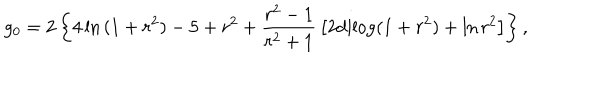
g _ { 0 } = 2 \left\{ 4 \ln { ( 1 + r ^ { 2 } ) } - 5 + r ^ { 2 } + { \frac { r ^ { 2 } - 1 } { r ^ { 2 } + 1 } } \left[ 2 \mathrm { d i l o g } ( 1 + r ^ { 2 } ) + \ln { r ^ { 2 } } \right] \right\} ,